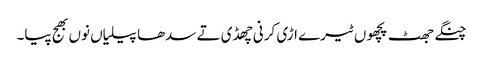
چنگے جھٹ پچھوں ٹیرے اڑی کرنی چھڈی تے سدھا پیلیاں نوں بھج پیا۔